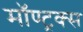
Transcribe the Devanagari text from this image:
मॉण्ट्रक्स